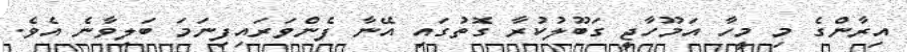
އިރާންގެ މި މީހާ އަމޫހާޖީ ގަބޫލުކުރާ ގޮތުގައި އޭނާ ފެންވަރައިފިނަމަ ބަލިވާނެ އެވެ.